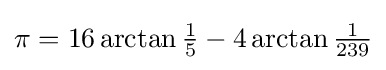
\textstyle \pi =16\arctan {\frac {1}{5}}-4\arctan {\frac {1}{239}}